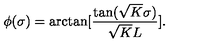
\phi ( \sigma ) = \arctan [ \frac { \tan ( \sqrt { K } \sigma ) } { \sqrt { K } L } ] .